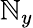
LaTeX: \mathbb{N}_{y}